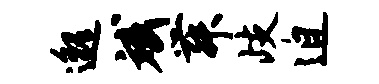
邈斌舞歧迫